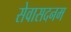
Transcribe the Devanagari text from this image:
सेवासदनम